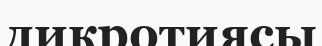
дикротиясы